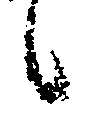
候